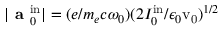
| \textbf { a } _ { 0 } ^ { \mathrm { i n } } | = ( e / m _ { e } c \omega _ { 0 } ) ( 2 I _ { 0 } ^ { \mathrm { i n } } / \epsilon _ { 0 } \mathrm { v _ { 0 } } ) ^ { 1 / 2 }